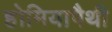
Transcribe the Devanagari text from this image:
होमियापैथी